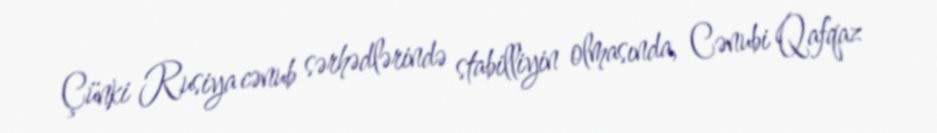
Çünki Rusiya cənub sərhədlərində stabilliyin olmasında, Cənubi Qafqaz